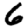
Digit: 6